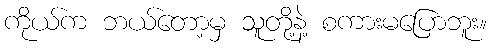
ကိုယ်က ဘယ်တော့မှ သူတို့နဲ့ စကားမပြောဘူး။